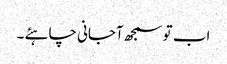
اب تو سمجھ آجانی چاہئے ۔